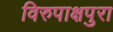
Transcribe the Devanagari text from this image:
विरुपाक्षपुरा